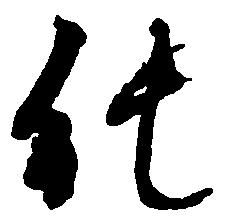
純